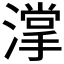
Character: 𣾦